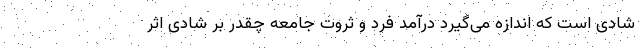
شادی است که اندازه می‌گیرد درآمد فرد و ثروت جامعه چقدر بر شادی اثر